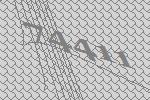
74411